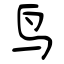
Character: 鸟